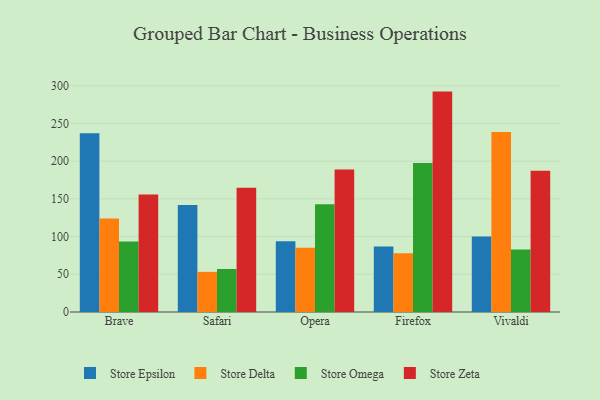
{"axis": {"x": "Browser", "y": "Shipments"}, "legend": ["Store Delta", "Store Epsilon", "Store Omega", "Store Zeta"], "data": [{"x": "Brave", "y": 236.9, "type": "Store Epsilon"}, {"x": "Brave", "y": 123.9, "type": "Store Delta"}, {"x": "Brave", "y": 93.4, "type": "Store Omega"}, {"x": "Brave", "y": 155.7, "type": "Store Zeta"}, {"x": "Safari", "y": 142.0, "type": "Store Epsilon"}, {"x": "Safari", "y": 53.2, "type": "Store Delta"}, {"x": "Safari", "y": 57.0, "type": "Store Omega"}, {"x": "Safari", "y": 164.7, "type": "Store Zeta"}, {"x": "Opera", "y": 93.8, "type": "Store Epsilon"}, {"x": "Opera", "y": 85.2, "type": "Store Delta"}, {"x": "Opera", "y": 142.8, "type": "Store Omega"}, {"x": "Opera", "y": 188.9, "type": "Store Zeta"}, {"x": "Firefox", "y": 87.0, "type": "Store Epsilon"}, {"x": "Firefox", "y": 77.8, "type": "Store Delta"}, {"x": "Firefox", "y": 197.5, "type": "Store Omega"}, {"x": "Firefox", "y": 292.2, "type": "Store Zeta"}, {"x": "Vivaldi", "y": 100.1, "type": "Store Epsilon"}, {"x": "Vivaldi", "y": 238.6, "type": "Store Delta"}, {"x": "Vivaldi", "y": 82.7, "type": "Store Omega"}, {"x": "Vivaldi", "y": 187.3, "type": "Store Zeta"}]}